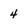
Character: 4